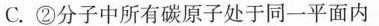
C.②分子中所有碳原子处于同一平面内